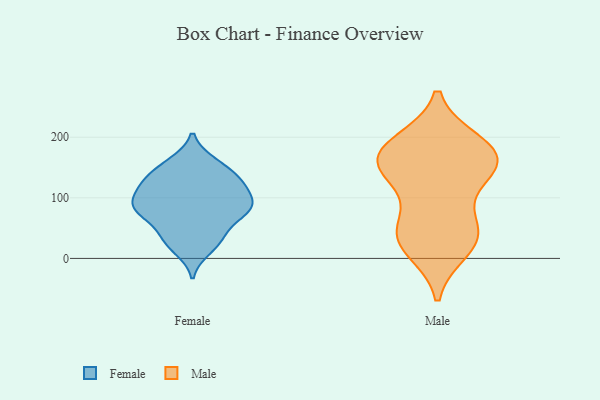
{"axis": {"x": "Humidity (%)", "y": "Value"}, "legend": ["Female", "Male"], "data": [{"x": "", "y": 157, "type": "Female"}, {"x": "", "y": 118, "type": "Female"}, {"x": "", "y": 76, "type": "Female"}, {"x": "", "y": 85, "type": "Female"}, {"x": "", "y": 78, "type": "Female"}, {"x": "", "y": 36, "type": "Female"}, {"x": "", "y": 84, "type": "Female"}, {"x": "", "y": 108, "type": "Female"}, {"x": "", "y": 129, "type": "Female"}, {"x": "", "y": 77, "type": "Female"}, {"x": "", "y": 46, "type": "Female"}, {"x": "", "y": 87, "type": "Female"}, {"x": "", "y": 133, "type": "Female"}, {"x": "", "y": 134, "type": "Female"}, {"x": "", "y": 14, "type": "Female"}, {"x": "", "y": 159, "type": "Female"}, {"x": "", "y": 107, "type": "Female"}, {"x": "", "y": 27, "type": "Female"}, {"x": "", "y": 142, "type": "Male"}, {"x": "", "y": 191, "type": "Male"}, {"x": "", "y": 30, "type": "Male"}, {"x": "", "y": 59, "type": "Male"}, {"x": "", "y": 158, "type": "Male"}, {"x": "", "y": 160, "type": "Male"}, {"x": "", "y": 15, "type": "Male"}, {"x": "", "y": 128, "type": "Male"}, {"x": "", "y": 163, "type": "Male"}, {"x": "", "y": 37, "type": "Male"}, {"x": "", "y": 188, "type": "Male"}, {"x": "", "y": 173, "type": "Male"}, {"x": "", "y": 44, "type": "Male"}]}